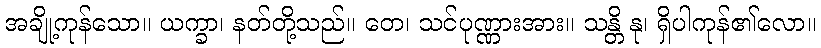
အချို့ကုန်သော။ ယက္ခာ၊ နတ်တို့သည်။ တေ၊ သင်ပုဏ္ဏားအား။ သန္တိ နု၊ ရှိပါကုန်၏လော။